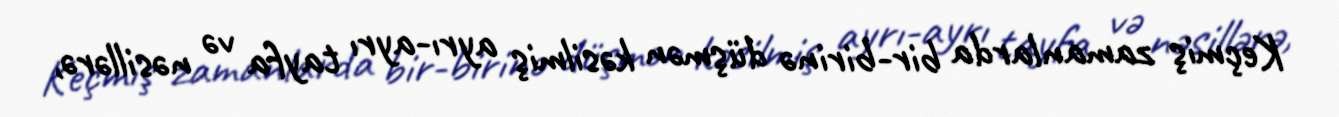
Keçmiş zamanlarda bir-birinə düşmən kəsilmiş ayrı-ayrı tayfa və nəsillərə,